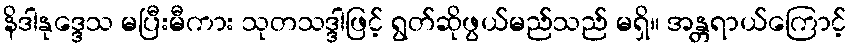
နိဒါနုဒ္ဒေသ မပြီးမီကား သုတသဒ္ဒါဖြင့် ရွတ်ဆိုဖွယ်မည်သည် မရှိ။ အန္တရာယ်ကြောင့်